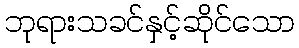
ဘုရားသခင်နှင့်ဆိုင်သော